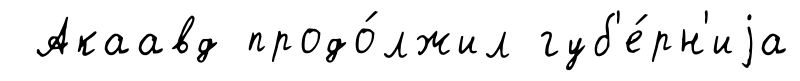
Акаавд продо́лжил губ'е́рн'иjа